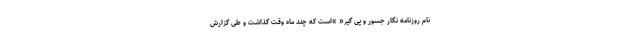
نام روزنامه نگار جسور و پی گیر« »است که چند ماه وقت گذاشت و طی گزارش